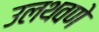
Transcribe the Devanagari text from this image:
उलथवणे